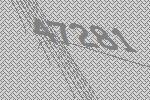
47281